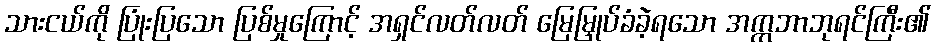
သားငယ်ကို ပြုံးပြသော ပြစ်မှုကြောင့် အရှင်လတ်လတ် မြေမြှုပ်ခံခဲ့ရသော အက္ကဘာဘုရင်ကြီး၏